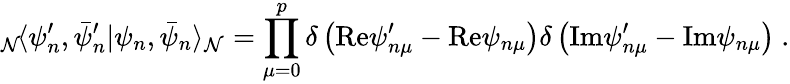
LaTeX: {}_{\mathcal{N}}\! \langle\psi_{n}^{\prime},\bar{{\psi}}_{n}^{\prime}|\psi_{n},\bar{{\psi}}_{n}\rangle_{\mathcal{N}}=\prod_{\mu=0}^{p}\delta\left(\mathrm{{Re}}\psi_{n\mu}^{\prime}-\mathrm{{Re}}\psi_{n\mu}\right)\delta\left(\mathrm{{Im}}\psi_{n\mu}^{\prime}-\mathrm{{Im}}\psi_{n\mu}\right)~.